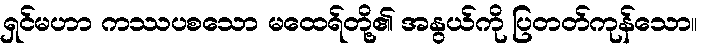
ရှင်မဟာ ကဿပစသော မထေရ်တို့၏ အနွယ်ကို ပြတတ်ကုန်သော။